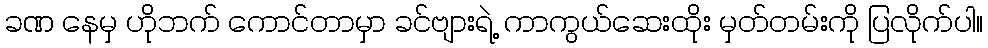
ခဏ နေမှ ဟိုဘက် ကောင်တာမှာ ခင်ဗျားရဲ့ ကာကွယ်ဆေးထိုး မှတ်တမ်းကို ပြလိုက်ပါ။